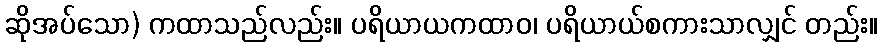
ဆိုအပ်သော) ကထာသည်လည်း။ ပရိယာယကထာဝ၊ ပရိယာယ်စကားသာလျှင် တည်း။